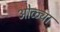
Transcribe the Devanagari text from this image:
ओळ्या